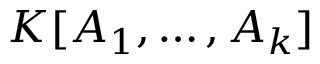
K [ A _ { 1 } , \ldots , A _ { k } ]